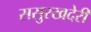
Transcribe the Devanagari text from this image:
ससुरखदेरी